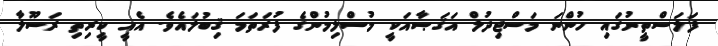
ފަލަސްތީނުގައި ހުންނަ މަސްޖިދުލް އަޤަޞާއަކީ މުސްލިމުންގެ ފުރަތަމަ ޤިބުލައެވެ. އެއީ ކީރިތި ރަސޫލާ